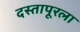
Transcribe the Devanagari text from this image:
दस्तापूरला